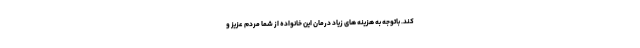
کند. باتوجه به هزینه های زیاد درمان این خانواده از شما مردم عزیز و